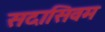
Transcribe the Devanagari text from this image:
सदासिवम